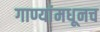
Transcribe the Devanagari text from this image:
गाण्यांमधूनच